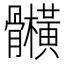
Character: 𲌕